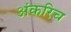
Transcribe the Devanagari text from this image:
अंकरिच